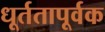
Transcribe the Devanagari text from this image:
धूर्ततापूर्वक